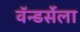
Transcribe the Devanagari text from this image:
वॅन्डर्सेला